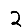
Digit: 2